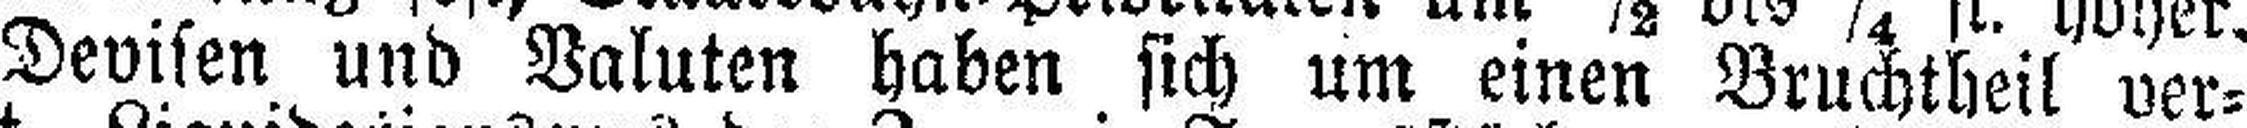
Devisen und Valuten haben sich um einen Bruchtheil ver¬